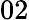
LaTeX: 02